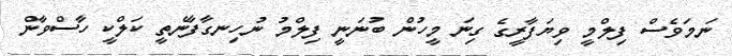
ނަމަވެސް ފިލްމީ ވިޔަފާރީގެ ގިނަ މީހުން ބުނަނީ ފިލްމު ނުހިނގާފާނެތީ ކަލްކީ ހާސްވާން